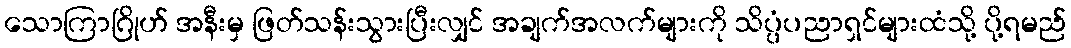
သောကြာဂြိုဟ် အနီးမှ ဖြတ်သန်းသွားပြီးလျှင် အချက်အလက်များကို သိပ္ပံပညာရှင်များထံသို့ ပို့ရမည်